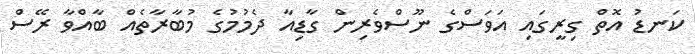
ކަނޑު އޮތް ގިރީގައި އަވަސްގެ ނޫސްވެރިން ގާޑިއާ ދެމުމުގެ މުބާރާތެއް ބާއްވާ ރޭސް